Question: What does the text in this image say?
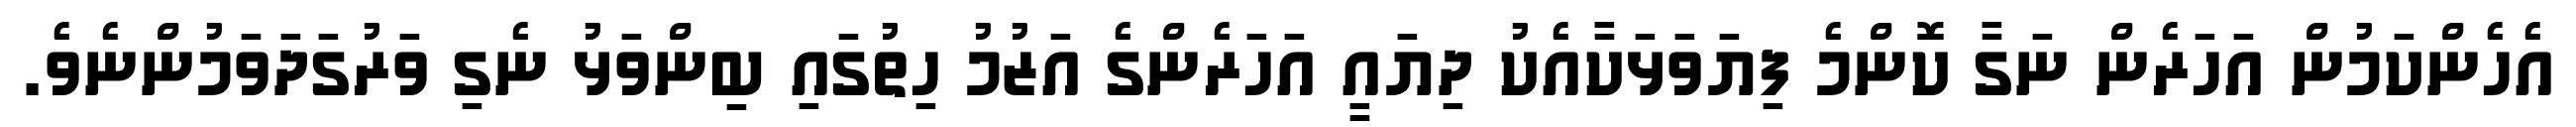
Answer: އެހެންކަމުން އަހަރެން ނަގާ ކޮންމެ ފިޔަވަޅަކާއެކު ދިޔައީ އަހަރެންގެ އަޒުމު ހިތުގައި ބިންވަޅު ނެގި ވަރުގަދަވަމުންނެވެ.